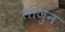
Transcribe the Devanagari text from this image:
लाजुन